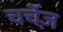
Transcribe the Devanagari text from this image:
चर्चेज़